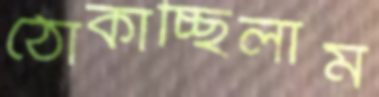
ঠোকাচ্ছিলাম